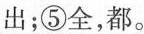
出；⑤全，都。